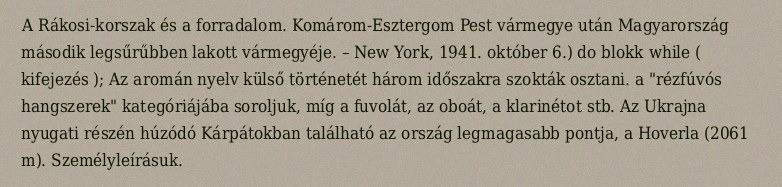
A Rákosi-korszak és a forradalom. Komárom-Esztergom Pest vármegye után Magyarország második legsűrűbben lakott vármegyéje. – New York, 1941. október 6.) do blokk while ( kifejezés ); Az aromán nyelv külső történetét három időszakra szokták osztani. a "rézfúvós hangszerek" kategóriájába soroljuk, míg a fuvolát, az oboát, a klarinétot stb. Az Ukrajna nyugati részén húzódó Kárpátokban található az ország legmagasabb pontja, a Hoverla (2061 m). Személyleírásuk.